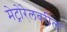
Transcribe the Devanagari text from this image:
मेट्रोरेलवरील